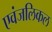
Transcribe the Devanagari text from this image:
एवंजलिकल